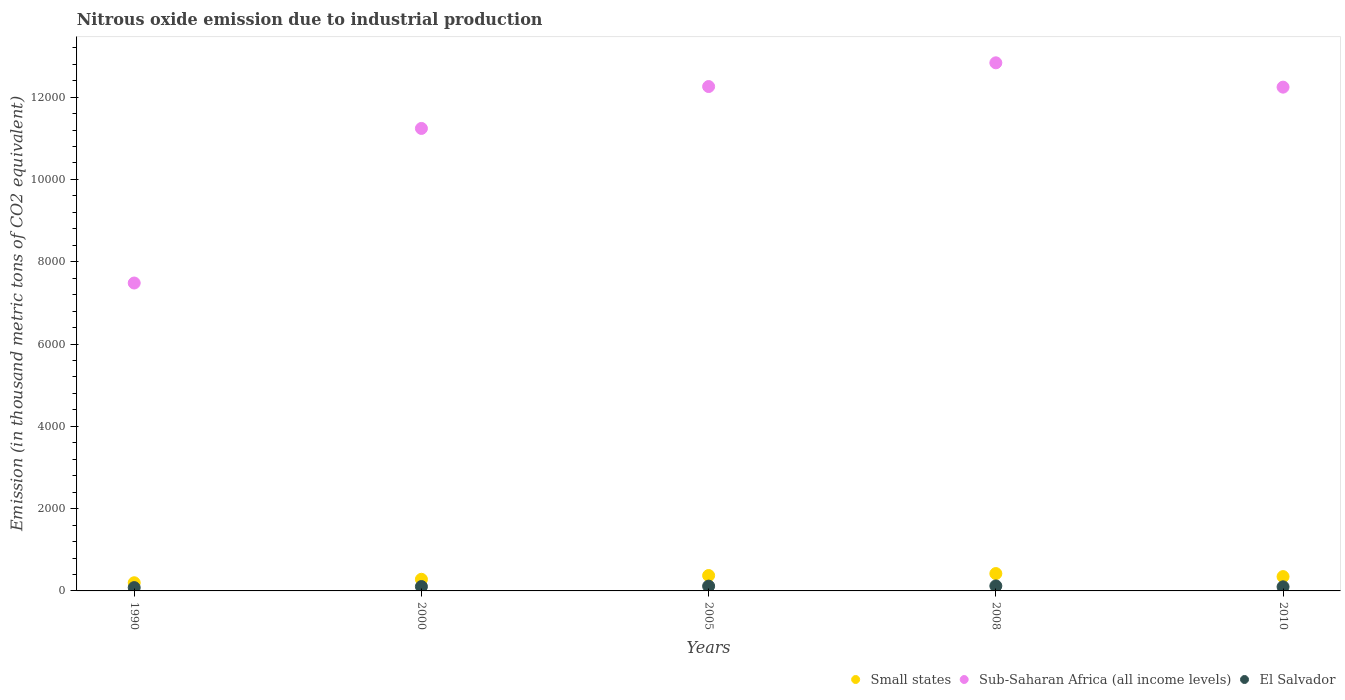
| Years | Small states | Sub-Saharan Africa (all income levels) | El Salvador |
 | --- | --- | --- | --- |
 | 1990 | 198 | 7.48e+03 | 80.5 |
 | 2000 | 283 | 1.12e+04 | 106 |
 | 2005 | 374 | 1.23e+04 | 116 |
 | 2008 | 422 | 1.28e+04 | 121 |
 | 2010 | 348 | 1.22e+04 | 99.9 |